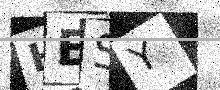
Text: HESY